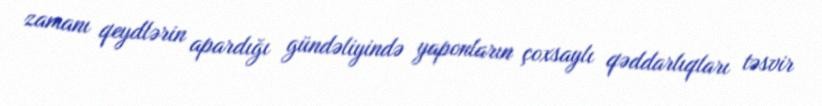
zamanı qeydlərin apardığı gündəliyində yaponların çoxsaylı qəddarlıqları təsvir